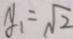
y _ { 1 } = \sqrt { 2 }